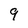
Character: 9